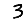
Digit: 3